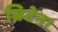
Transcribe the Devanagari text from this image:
ब्रिटेन।